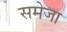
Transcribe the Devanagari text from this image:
समेजा